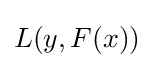
L(y,F(x))